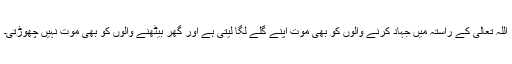
اللہ تعالیٰ کے راستہ میں جہاد کرنے والوں کو بھی موت اپنے گلے لگا لیتی ہے اور گھر بیٹھنے والوں کو بھی موت نہیں چھوڑتی۔